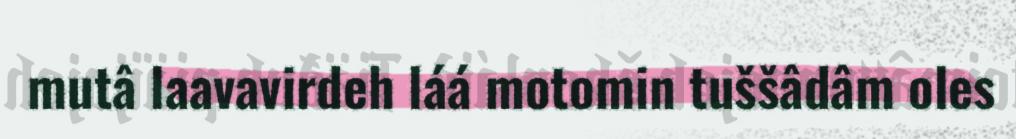
mutâ laavavirdeh láá motomin tuššâdâm oles